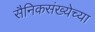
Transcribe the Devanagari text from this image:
सैनिकसंख्येच्या